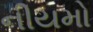
નીયમો